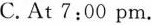
C.At7:00pm.